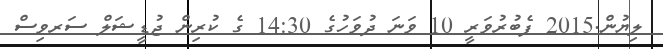
ލިޔުން.2015 ފެބުރުވަރީ 10 ވަނަ ދުވަހުގެ 14:30 ގެ ކުރިން ޖުޑީޝަލް ސަރވިސް